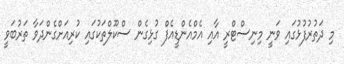
މި ދަތުރުފުޅުގައި ވަނީ މިނިސްޓްރީ އާއި އެމްއެންޑީއެފް ގުޅިގެން ސްކޫލްތަކުގައި ކުރިއަށްގެންދަވާ ތަރުބަވީ